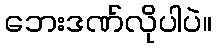
ဘေးဒဏ်လိုပါပဲ။